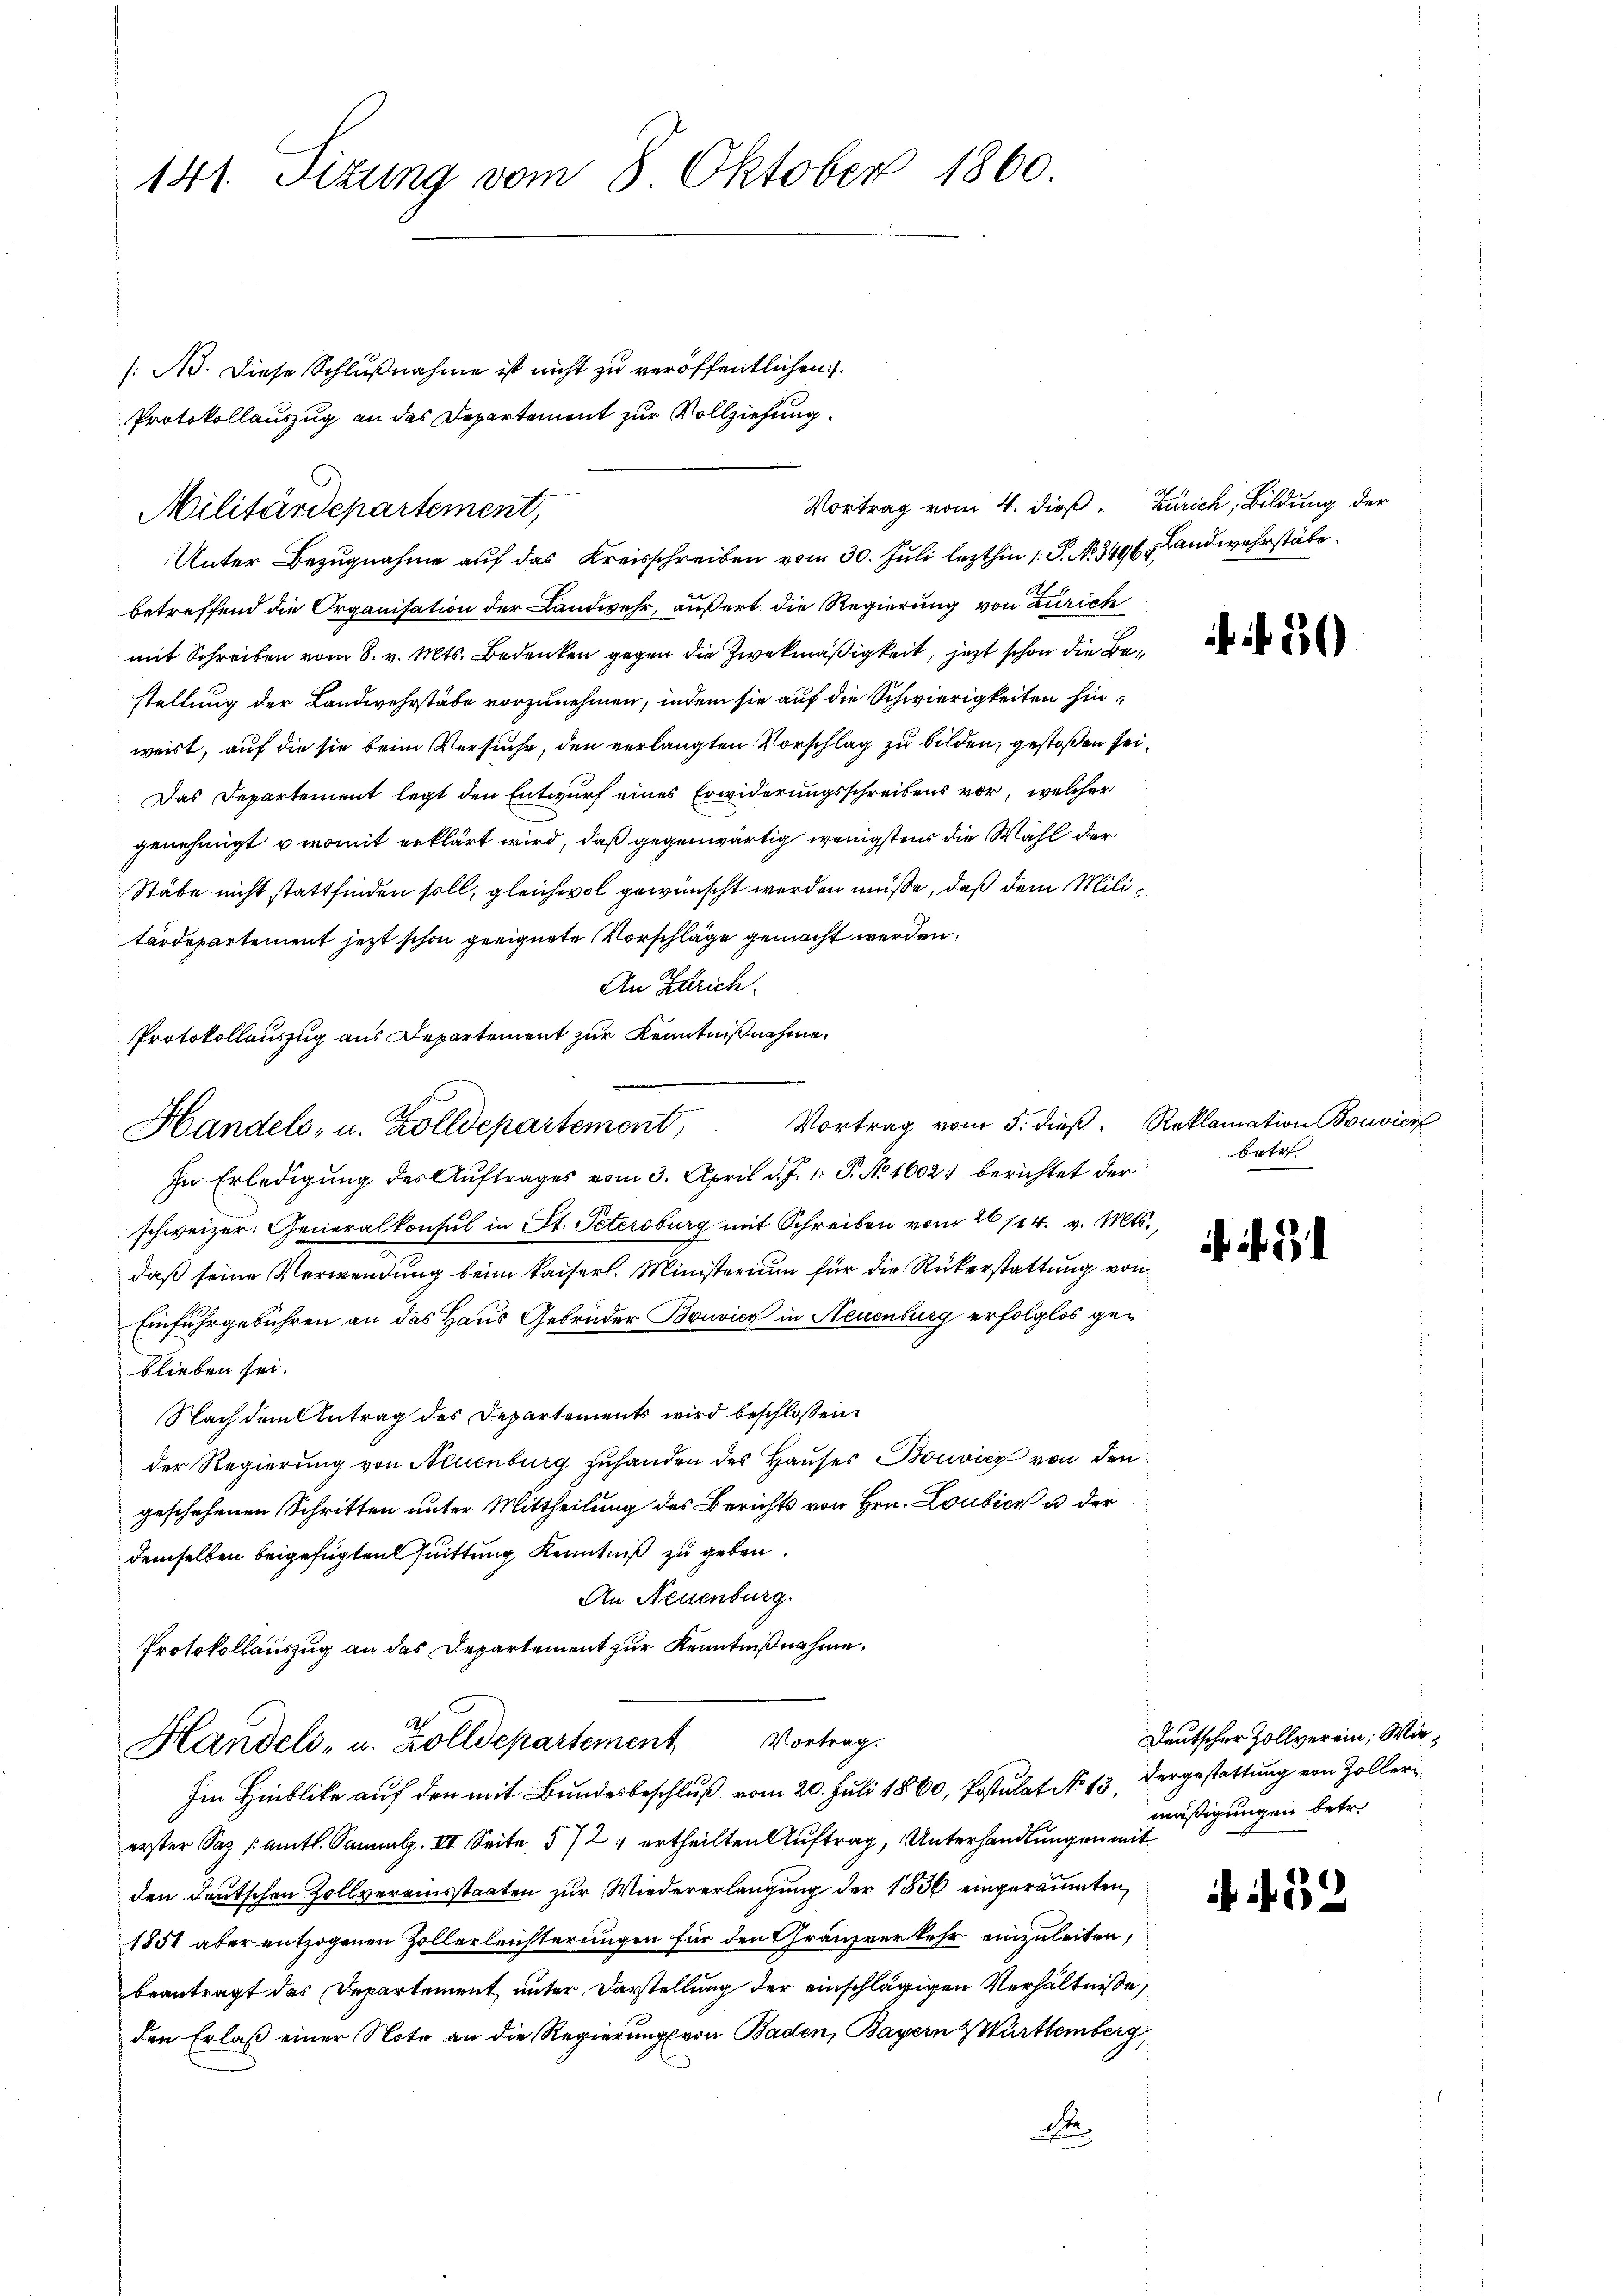
141. Sitzung vom 8. Oktober 1860.

[:Ad. Diese Schlußnahme ist nicht zu veröffentlichen.
betreffend die Organisation der Landwehr, äußert die Regierung von Zürich
mit Schreiben vom 8. v. Mts. Bedenken gegen die Zweckmäßigkeit, jetzt schon die Bestellung der Landwehrstäbe vorzunehmen, indem sie auf die Schwierigkeiten hinweist, auf die sie beim Versuche, den verlangten Vorschlag zu bilden, gestoßen sei¬
Das Departement legt den Entwurf eines Erwiderungsschreibens vor, welcher
genehmigt u womit erklärt wird, daß gegenwärtig wenigstens die Wahl der
Stäbe nicht stattfinden soll, gleichwol gewünscht werden müße, daß dem Militärdepartement jetzt schon geeignete Vorschläge gemacht werden.
An Zürich
Protokollauszug aus Departement zur Kenntnißnahme.
Handels- u. Zolldepartement,
In Erledigung des Auftrages vom 3. April d. J. 1. P. No 1602. berichtet der
schweizer. Generalkonsul in St. Petersburg mit Schreiben vom 26/14. v. Mts.,
daß seine Verwendung beim Kaiserl. Ministerium für die Rükerstattung von
Einfuhrgebühren an das Haus Gebrüder Bouvier in Neuenburg erfolglos geblieben sei.
Nach dem Antrag des Departements wird beschlossen:
der Regierung von Neuenburg zuhanden des Hauses Bouvicy von den
geschehenen Schritten unter Mittheilung des Berichts von Hrn. Loubicz u der
demselben beigefügten Quittung Kenntniß zu geben.
An Neuenburg.
Protokollauszug an das Departement zur Kenntnißnahme.
G
dh
Handels- u. Zolldepartement Vortrag.
Im Hinblicke auf den mit Bundesbeschluß vom 20. Juli 1860, Postulat No 13, dergestattung von Zollererster Saz /: amtl. Samml. III Seite 572 ertheilten Auftrag, Unterhandlungen mit
den Deutschen Zollvereinsstaaten zur Wiedererlangung der 1836 eingeräumten,
1851 aber entzogenen Zollerleichterungen für den Gränzverkehr einzuleiten,
beantragt das Departement unter Darstellung der einschlägigen Verhältnisse
den Erlaß einer Note an die Regierung von Baden, Bayern & Württemberg,
dte

Protokollauszug an das Departement zur Vollziehung.
Vortrag vom 4. dieß,
Militärdepartement,
Unter Bezugnahme auf das Kreisschreiben vom 30. Juli lezthin 1. P. No. 349. Landwehrstäbe

Zürich, Bildung der

f 50

Vortrag vom 5. dieß. Reklamation Bonvierf
betr. |

Deutscher Zollverein, Wiemäßigungen betr.

32